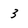
Character: 3